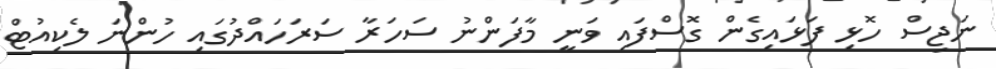
ނަޖިސް ހޮޅި ފަޅައިގެން ގޮސްފައި ވަނީ މާފަންނު ސަހަރާ ސަރަހައްދުގައި ހުންނަ ލެކިއުޓް